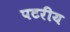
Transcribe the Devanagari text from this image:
पटरीय